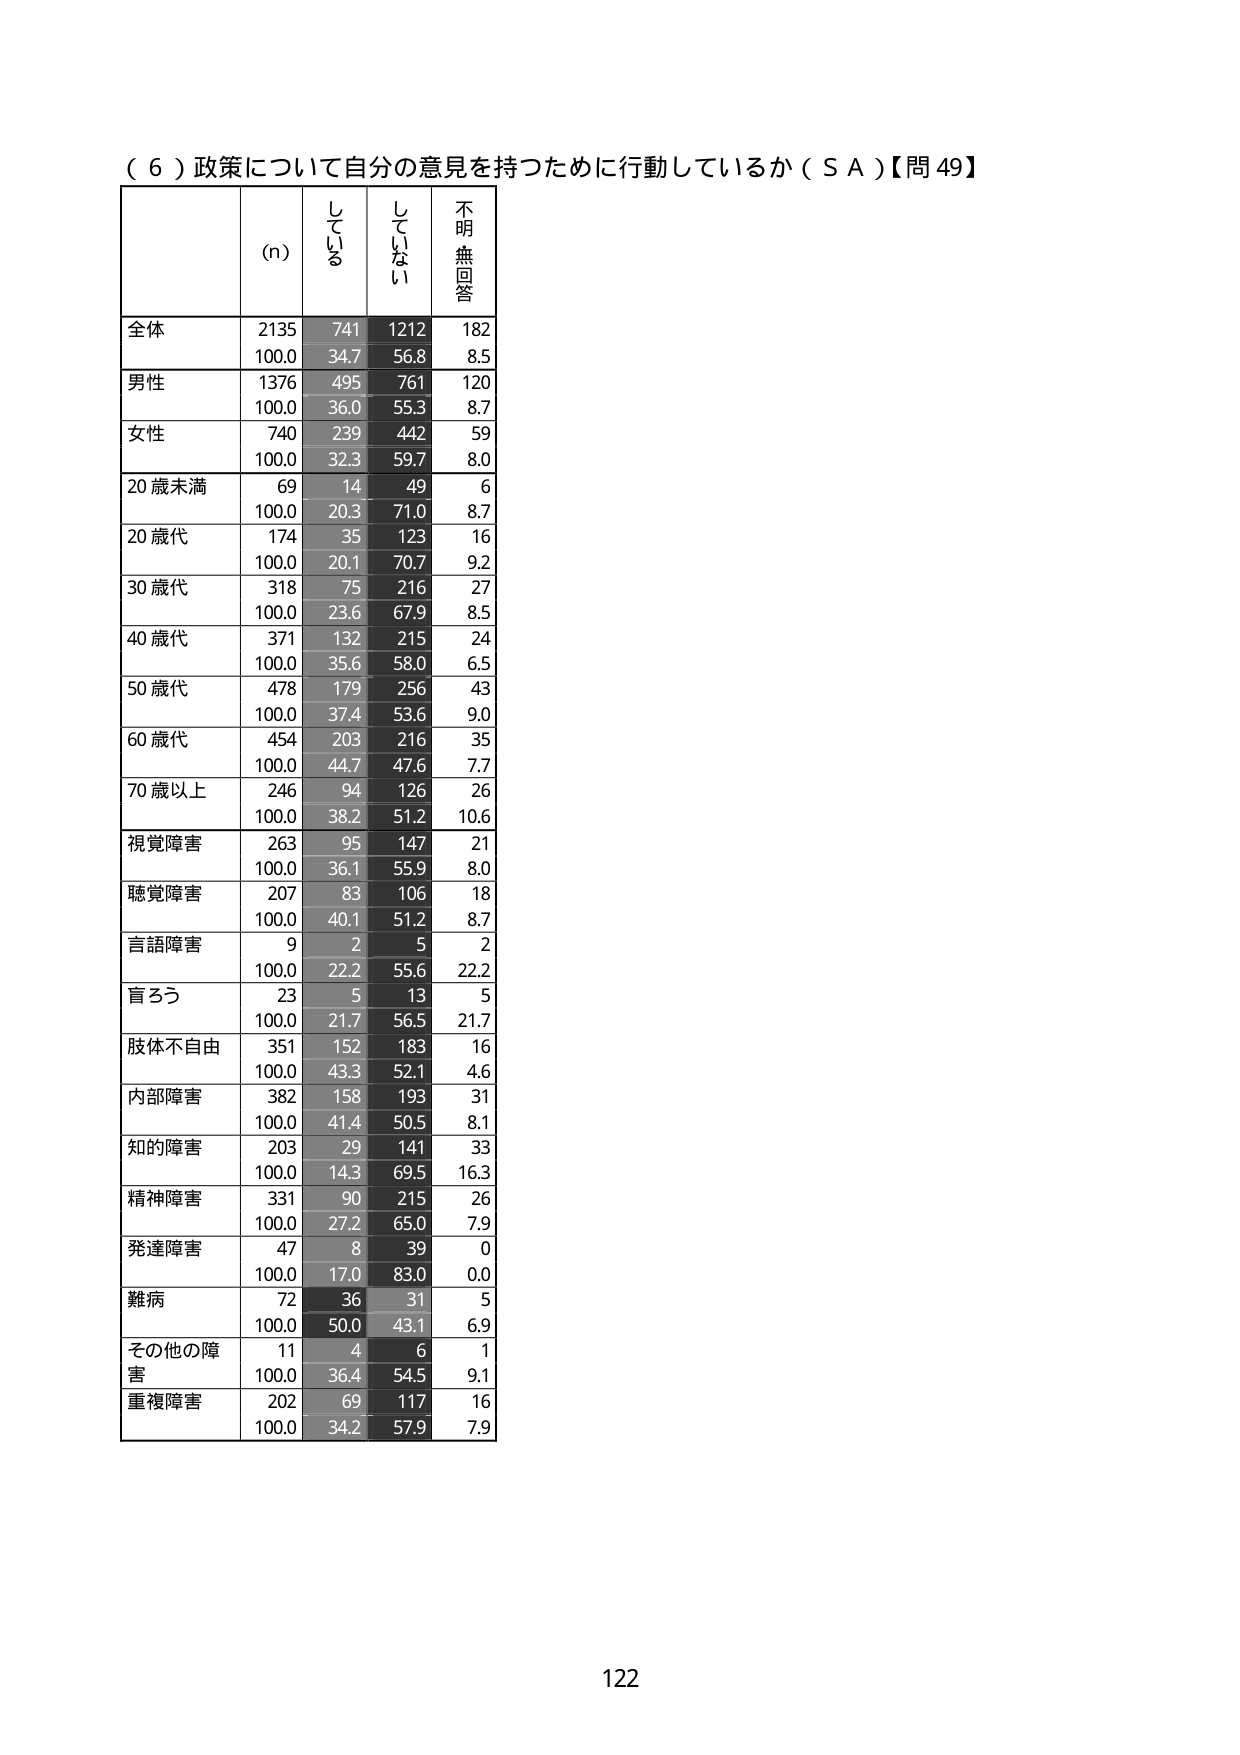
（６）政策について自分の意見を持つために行動しているか（ＳＡ）【問49】

(n)  している  していない  不明・無回答

全体    2135    741    1212    182
        100.0   34.7   56.8   8.5

男性    1376    495    761    120
        100.0   36.0   55.3   8.7

女性    740     239    442    59
        100.0   32.3   59.7   8.0

20歳未満  69      14     49     6
        100.0   20.3   71.0   8.7

20歳代    174     35     123    16
        100.0   20.1   70.7   9.2

30歳代    318     75     216    27
        100.0   23.6   67.9   8.5

40歳代    371     132    215    24
        100.0   35.6   58.0   6.5

50歳代    478     179    256    43
        100.0   37.4   53.6   9.0

60歳代    454     203    216    35
        100.0   44.7   47.6   7.7

70歳以上  246     94     126    26
        100.0   38.2   51.2   10.6

視覚障害  263     95     147    21
        100.0   36.1   55.9   8.0

聴覚障害  207     83     106    18
        100.0   40.1   51.2   8.7

言語障害  9       2      5      2
        100.0   22.2   55.6   22.2

盲ろう    23      5      13     5
        100.0   21.7   56.5   21.7

肢体不自由 351     152    183    16
        100.0   43.3   52.1   4.6

内部障害  382     158    193    31
        100.0   41.4   50.5   8.1

知的障害  203     29     141    33
        100.0   14.3   69.5   16.3

精神障害  331     90     215    26
        100.0   27.2   65.0   7.9

発達障害  47      8      39     0
        100.0   17.0   83.0   0.0

難病      72      36     31     5
        100.0   50.0   43.1   6.9

その他の障害  11     4      6      1
        100.0   36.4   54.5   9.1

重複障害  202     69     117    16
        100.0   34.2   57.9   7.9

122